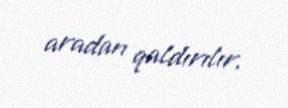
aradan qaldırılır.